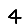
Digit: 4